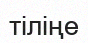
тіліңе